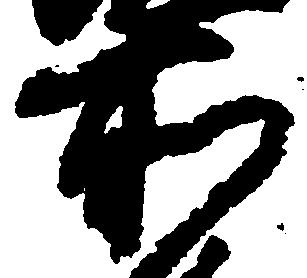
所